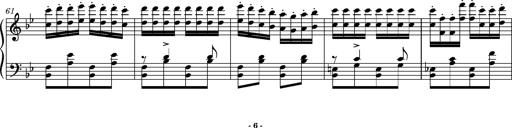
Title: Ungarische Nationalmelodien, S.243
Composer: Franz Liszt